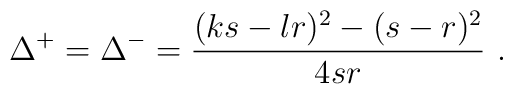
\Delta ^{+}=\Delta ^{-}=\displaystyle\frac{(ks-lr)^{2}-(s-r)^{2}}{4sr}\, \, .